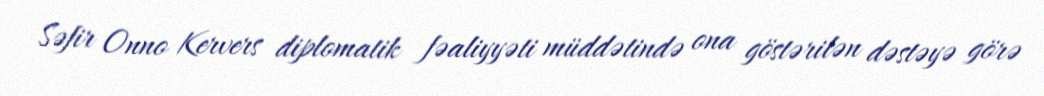
Səfir Onno Kervers diplomatik fəaliyyəti müddətində ona göstərilən dəstəyə görə